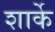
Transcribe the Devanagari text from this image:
शार्के